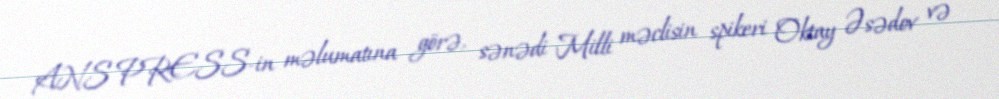
ANS PRESS-in məlumatına görə, sənədi Milli məclisin spikeri Oktay Əsədov və